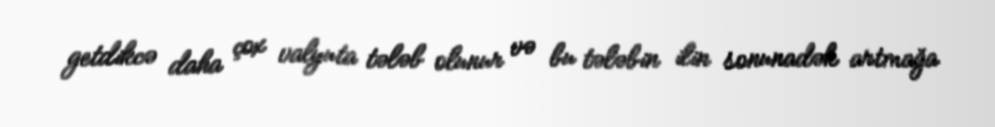
getdikcə daha çox valyuta tələb olunur və bu tələbin ilin sonunadək artmağa